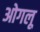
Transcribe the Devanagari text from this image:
ओगलू